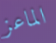
الماعز